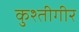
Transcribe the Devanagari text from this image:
कुश्तीगीर